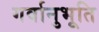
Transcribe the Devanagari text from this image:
गर्वानुभूति